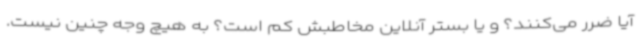
آیا ضرر می‌کنند؟ و یا بستر آنلاین مخاطبش کم است؟ به هیچ وجه چنین نیست.